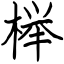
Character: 榉